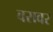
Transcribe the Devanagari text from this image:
वरावर